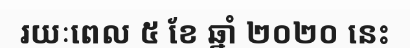
រយៈពេល ៥ ខែ ឆ្នាំ ២០២០ នេះ